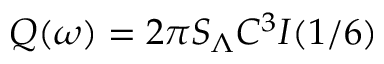
Q ( \omega ) = 2 \pi S _ { \Lambda } C ^ { 3 } I ( 1 / 6 )